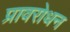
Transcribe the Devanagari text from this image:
प्रावरोधन